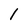
Character: 1